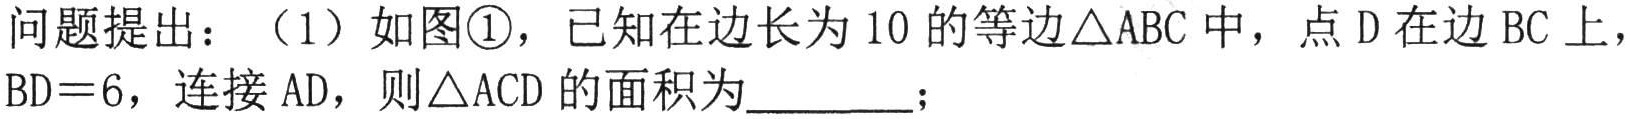
问题提出：（1）如图\textcircled{1}，已知在边长为10的等边\(\triangle ABC\)中，点\(D\)在边\(BC\)上，\(BD = 6\)，连接\(AD\)，则\(\triangle ACD\)的面积为  ；